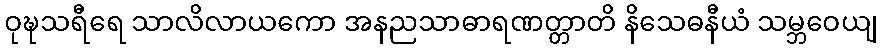
ဝုဍ္ဎသရီရေ သာလိလာယကော အနညသာဓာရဏတ္တာတိ နိသေဓနီယံ သမ္ဘဝေယျ